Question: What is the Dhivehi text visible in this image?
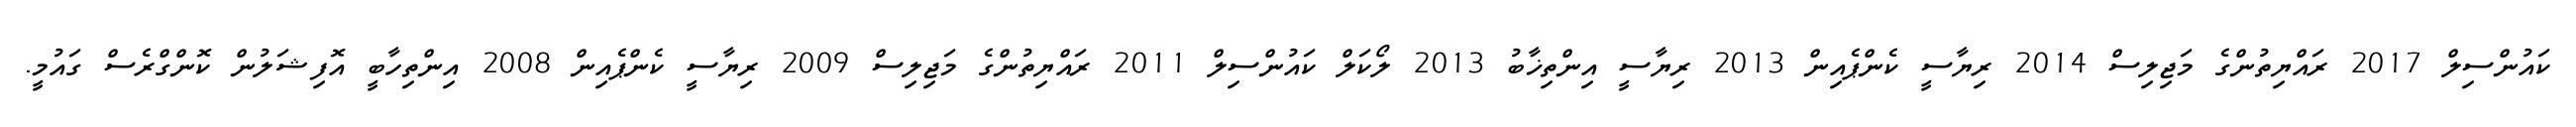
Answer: ކައުންސިލް 2017 ރައްޔިތުންގެ މަޖިލިސް 2014 ރިޔާސީ ކެންޕެއިން 2013 ރިޔާސީ އިންތިޚާބު 2013 ލޯކަލް ކައުންސިލް 2011 ރައްޔިތުންގެ މަޖިލިސް 2009 ރިޔާސީ ކެންޕެއިން 2008 އިންތިހާބީ އޮފިޝަލުން ކޮންގްރެސް ގައުމީ.